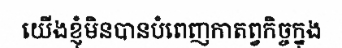
យើងខ្ញុំមិនបានបំពេញកាតព្វកិច្ចក្នុង